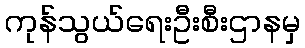
ကုန်သွယ်ရေးဦးစီးဌာနမှ